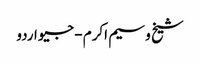
شیخ وسیم اکرم - جیو اردو